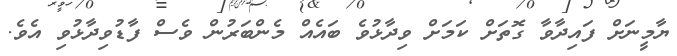
ޔާމީނަށް ފައިދާވާ ގޮތަށް ކަމަށް ވިދާޅުވެ ބައެއް މެންބަރުން ވެސް ފާޑުވިދާޅުވި އެވެ.